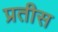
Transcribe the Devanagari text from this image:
प्रतीस